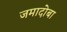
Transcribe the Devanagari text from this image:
जमादोबा